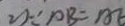
2 ) \because P B = A E